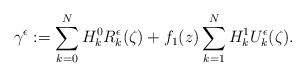
\begin{align*}\gamma^{\epsilon} := \sum_{k=0}^N H^0_k R^{\epsilon}_k(\zeta) + f_1(z) \sum_{k=1}^N H^1_k U^{\epsilon}_k(\zeta).\end{align*}